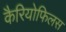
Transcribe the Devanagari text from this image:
कैरियोफिलस